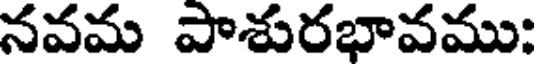
నవమ పాశురభావము: